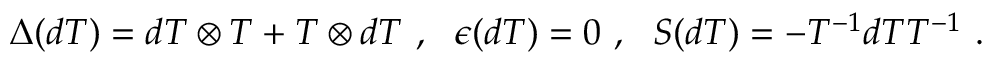
\Delta ( d T ) = d T \otimes T + T \otimes d T ~ , { } ~ ~ \epsilon ( d T ) = 0 ~ , ~ ~ { \cal S } ( d T ) = - T ^ { - 1 } d T T ^ { - 1 } ~ .